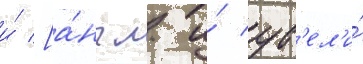
и́ [а́нгл. и́ ув'ел'и́